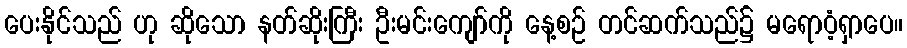
ပေးနိုင်သည် ဟု ဆိုသော နတ်ဆိုးကြီး ဦးမင်းကျော်ကို နေ့စဉ် တင်ဆက်သည်၌ မရောဝံ့ရှာပေ။